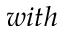
w i t h